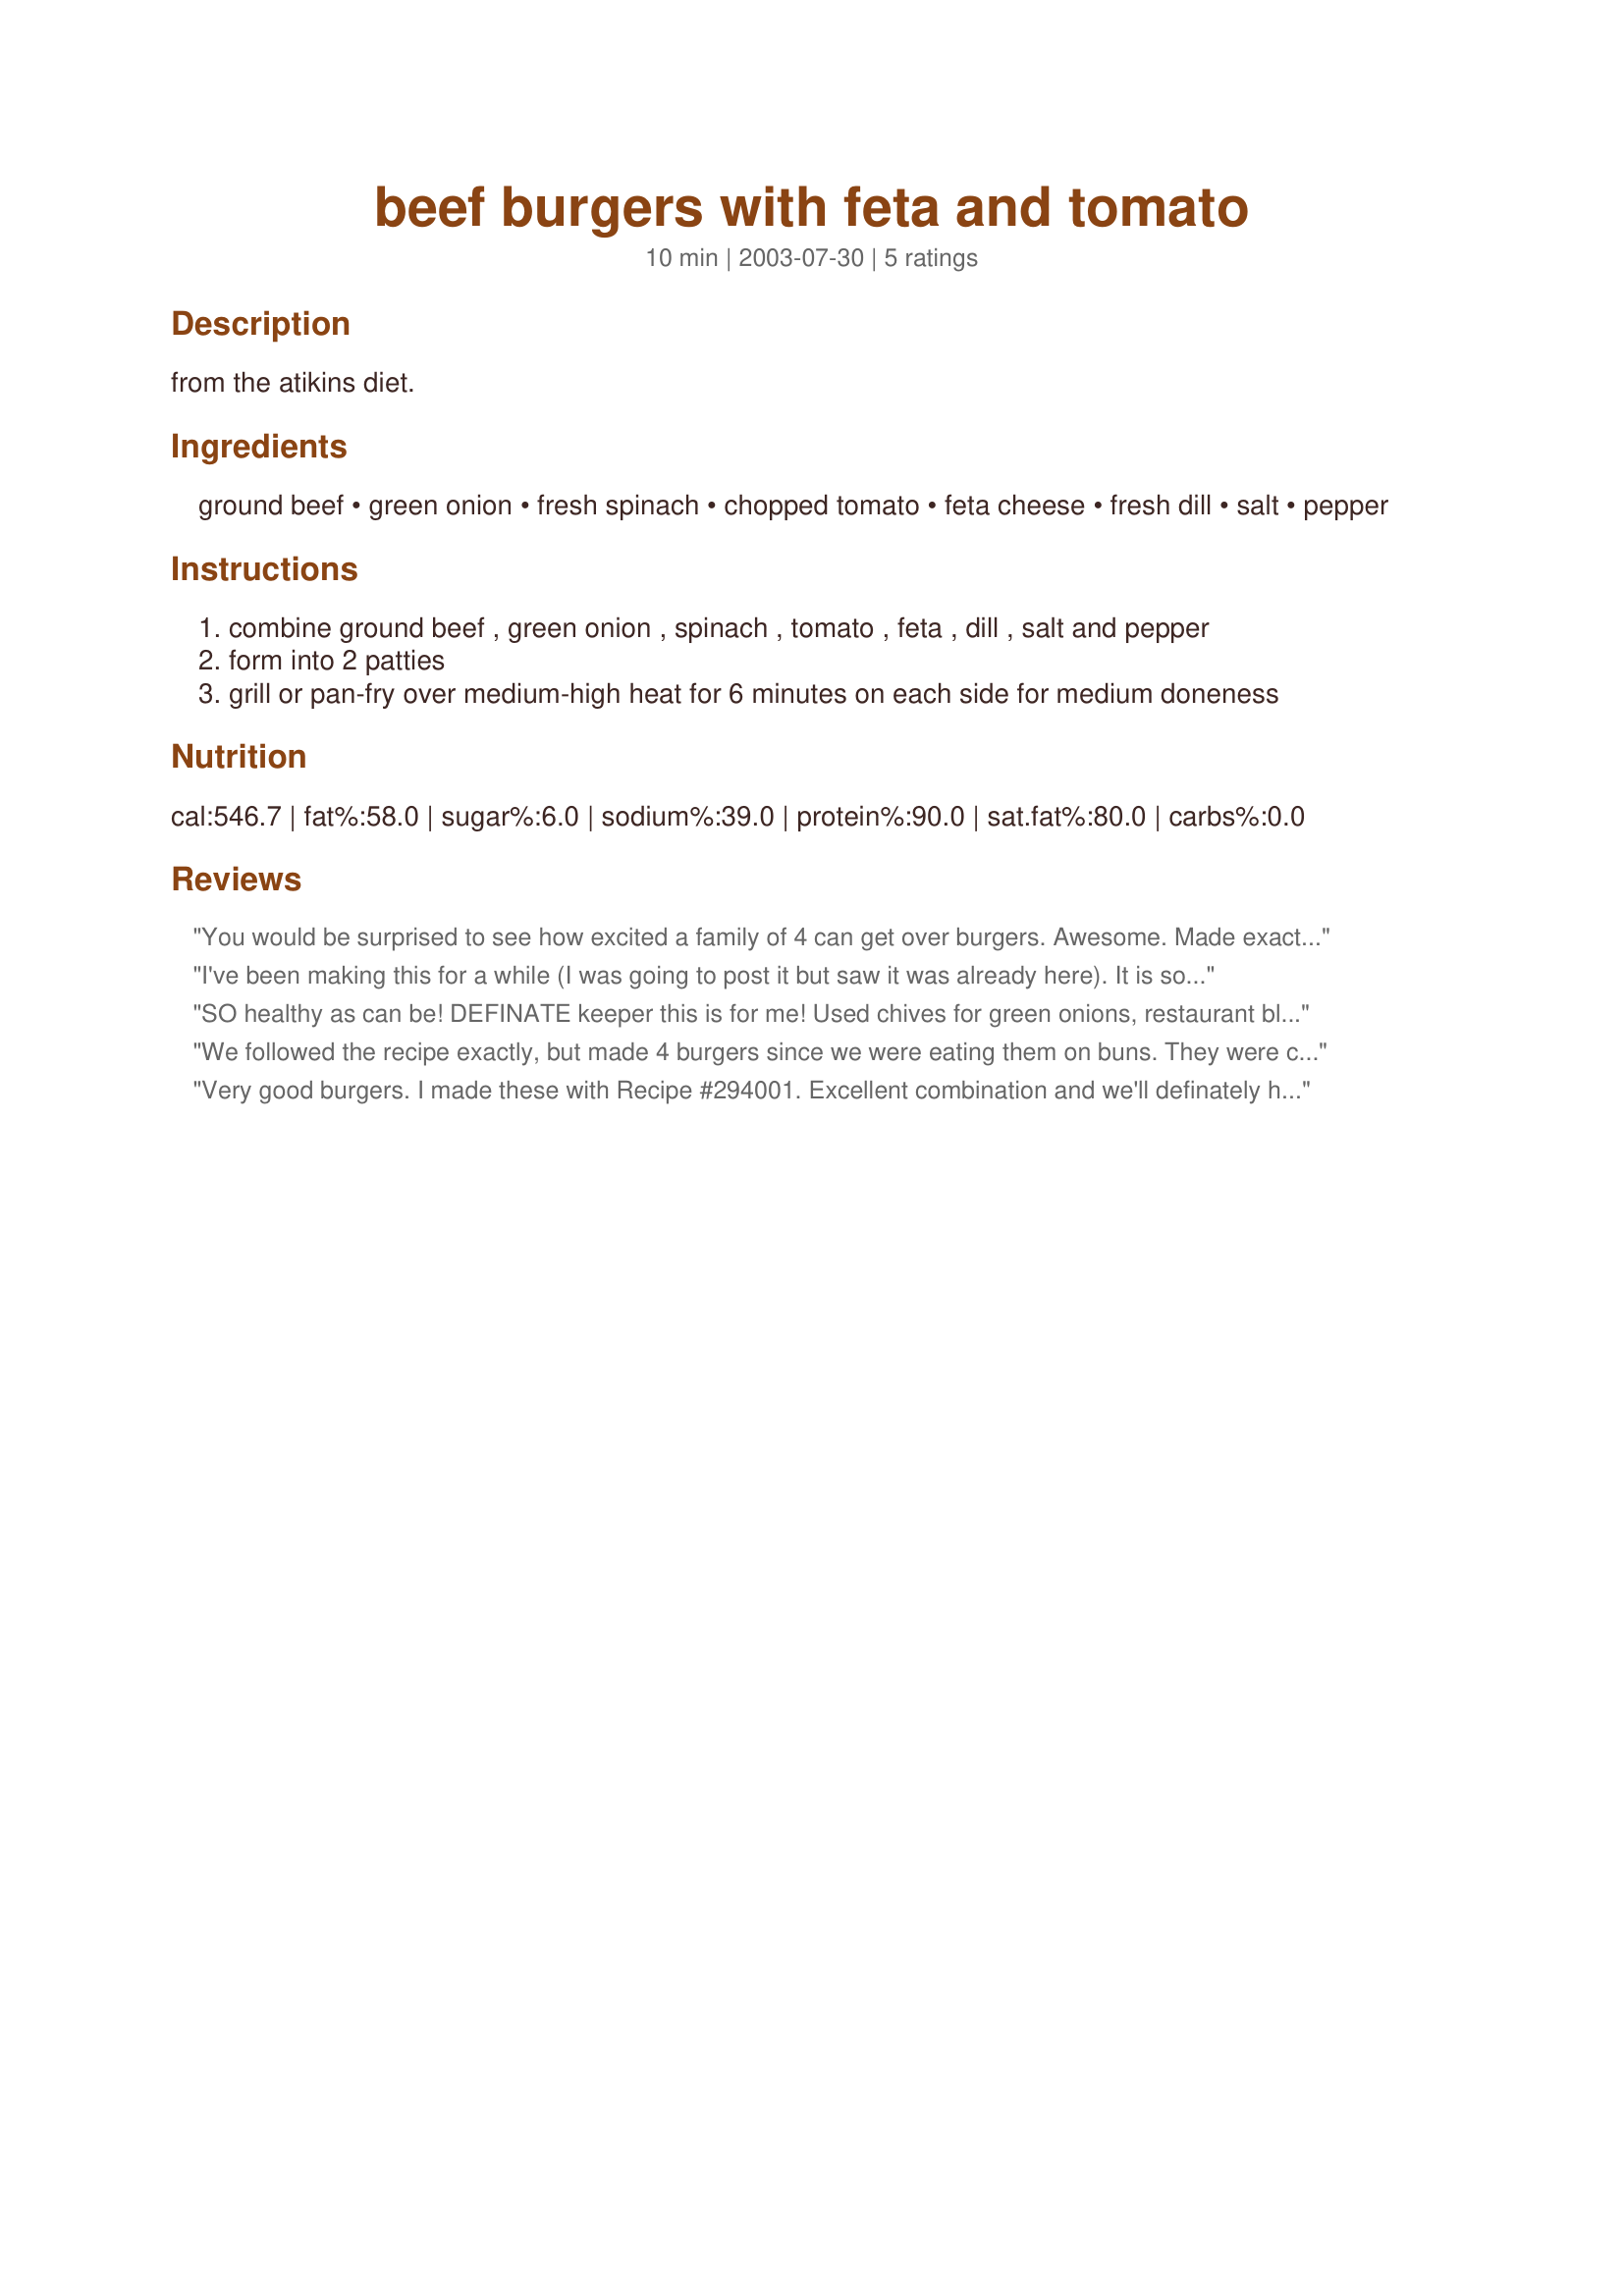
beef burgers with feta and tomato
Preparation time: 10 minutes

from the atikins diet.

Ingredients:
ground beef, green onion, fresh spinach, chopped tomato, feta cheese, fresh dill, salt, pepper

Steps:
combine ground beef , green onion , spinach , tomato , feta , dill , salt and pepper
form into 2 patties
grill or pan-fry over medium-high heat for 6 minutes on each side for medium doneness

Reviews:
You would be surprised to see how excited a family of 4 can get over burgers. Awesome. Made exactly to recipe. Thanks so much.
I've been making this for a while (I was going to post it but saw it was already here). It is so simple and really tasty!!! I use frozen spinach thawed and drained really well and its just as good!
SO healthy as can be!
DEFINATE keeper this is for me!
Used chives for green onions, restaurant blend lettuce leaves finely chopped, TRUE!
Made HEAPS more than 2 serves too!
While I can appreciate portions are much bigger in US,
HOW many 100 gram burgers did this make? GUESS!!!
9, yes NINE!!! today this did do!
AND you can even eat two too! :)
With 1/3 protein on the plate,
Filled with other things...THAT'S why 5 stars this did rate!!!
THANKS!
We followed the recipe exactly, but made 4 burgers since we were eating them on buns. They were completely wonderful, and we will definately be making them again. Thanks!
Very good burgers. I made these with Recipe #294001. Excellent combination and we'll definately have both again. 
Thanks for sharing!
